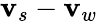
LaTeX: {\mathbf v}_{s}-{\mathbf v}_{w}